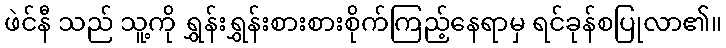
ဖဲင်နီ သည် သူ့ကို ရွှန်းရွှန်းစားစားစိုက်ကြည့်နေရာမှ ရင်ခုန်စပြုလာ၏။